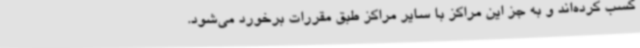
کسب کرده‌اند و به جز این مراکز با سایر مراکز طبق مقررات برخورد می‌شود.